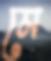
মে